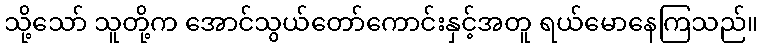
သို့သော် သူတို့က အောင်သွယ်တော်ကောင်းနှင့်အတူ ရယ်မောနေကြသည်။